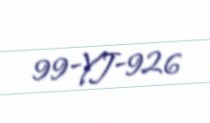
99-YJ-926